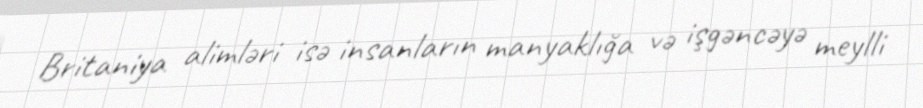
Britaniya alimləri isə insanların manyaklığa və işgəncəyə meylli